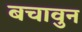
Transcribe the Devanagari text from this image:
बचावुन